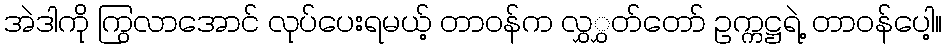
အဲဒါကို ကြွလာအောင် လုပ်ပေးရမယ့် တာဝန်က လွှွှတ်တော် ဥက္ကဋ္ဌရဲ့ တာဝန်ပေါ့။